Vaccination North-Western Provinces and Oudh 1878-1895 - 1878-1895
Year: 1878
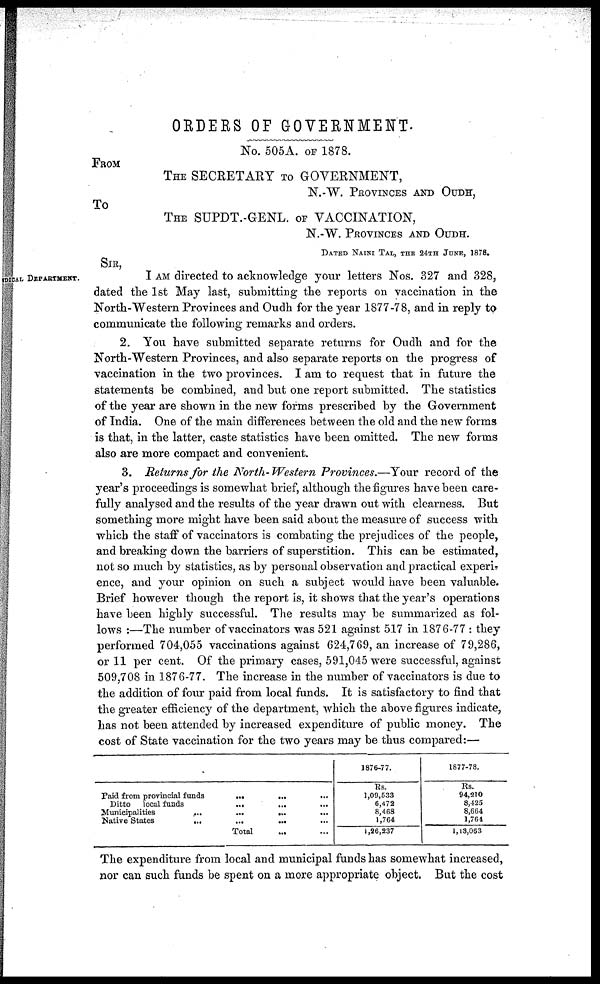
ORDERS OF GOVERNMENT.
No. 505A. OF 1878.
FROM
THE SECRETARY TO GOVERNMENT,
N.-W. PROVINCES AND OUDH,
To
THE SUPDT.-GENL. OF VACCINATION,
N.-W. PROVINCES AND OUDH.
DATED NAINI TAL, THE 24TH JUNE, 1878.
SIR,
DICAL DEPARTMENT.
I AM directed to acknowledge your letters Nos. 327 and 328,
dated the 1st May last, submitting the reports on vaccination in the
North-Western Provinces and Oudh for the year 1877-78, and in reply to
communicate the following remarks and orders.
2. You have submitted separate returns for Oudh and for the
North-Western Provinces, and also separate reports on the progress of
vaccination in the two provinces. I am to request that in future the
statements be combined, and but one report submitted. The statistics
of the year are shown in the new forms prescribed by the Government
of India. One of the main differences between the old and the new forms
is that, in the latter, caste statistics have been omitted. The new forms
also are more compact and convenient.
3. Returns for the North- Western Provinces.—Your record of the
year's proceedings is somewhat brief, although the figures have been care-
fully analysed and the results of the year drawn out with clearness. But
something more might have been said about the measure of success with
which the staff of vaccinators is combating the prejudices of the people,
and breaking down the barriers of superstition. This can be estimated,
not so much by statistics, as by personal observation and practical experi-
ence, and your opinion on such a subject would have been valuable.
Brief however though the report is, it shows that the year's operations
have been highly successful. The results may be summarized as fol-
lows :—The number of vaccinators was 521 against 517 in 1876-77 : they
performed 704,055 vaccinations against 624,769, an increase of 79,286,
or 11 per cent. Of the primary cases, 591,045 were successful, against
509,708 in 1876-77. The increase in the number of vaccinators is due to
the addition of four paid from local funds. It is satisfactory to find that
the greater efficiency of the department, which the above figures indicate,
has not been attended by increased expenditure of public money. The
cost of State vaccination for the two years may be thus compared:—
Paid from provincial funds
Ditto
local funds
Municipalities
...
Native States
...
... ... ...
...
...
...
... ... ...
... ... ...
Total ... ...
1876-77.
Rs.
1,09,533
6,472
8,468
1,764
1,26,237
1877-78.
Rs.
94,210
8,425
8,664
1,764
1,13,063
The expenditure from local and municipal funds has somewhat increased,
nor can such funds be spent on a more appropriate object. But the cost